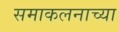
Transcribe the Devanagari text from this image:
समाकलनाच्या